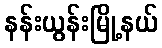
နန်းယွန်းမြို့နယ်